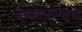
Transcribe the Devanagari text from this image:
देण्याघेण्याचे